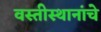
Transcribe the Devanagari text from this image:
वस्तीस्थानांचे